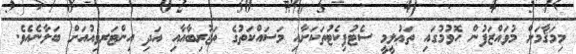
މިމަޤާމަށް މުވައްްޒަފުން ހޮވުމުގައި ތަޢުލީމީ ސެޓުފިކެޓުތަކަށާއި މަސައްކަތުގެ ތަޖުރިބާއާއި އަދި އިންޓަރވިއުއަށް ބަލާނެއެވެ.